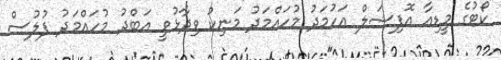
ކޯޓުގެ މީޑިއާ އޮފިޝަލް އަހުމަދު މުހައްމަދު މަނިކު ވިދާޅުވީ އަބްދު މުހައްމަދު ފުލުސް